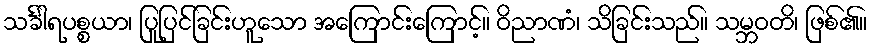
သင်္ခါရပစ္စယာ၊ ပြုပြင်ခြင်းဟူသော အကြောင်းကြောင့်။ ဝိညာဏံ၊ သိခြင်းသည်။ သမ္ဘဝတိ၊ ဖြစ်၏။